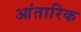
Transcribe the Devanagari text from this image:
आंतारिक